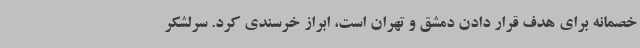
خصمانه برای هدف قرار دادن دمشق و تهران است، ابراز خرسندی کرد. سرلشکر